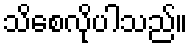
သိစေလိုပါသည်။